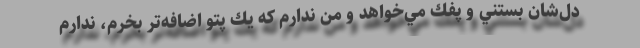
دل‌شان بستني و پفك مي‌خواهد و من ندارم كه يك پتو اضافه‌تر بخرم، ندارم